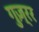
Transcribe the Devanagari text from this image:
गुज़्रर